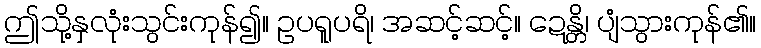
ဤသို့နှလုံးသွင်းကုန်၍။ ဥပရူပရိ၊ အဆင့်ဆင့်။ ဍေန္တိ၊ ပျံသွားကုန်၏။